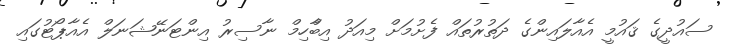
ސައުދީގެ ޤައުމީ އެއާލައިންގެ ދަތުރުތައް ފެށުމަށް މިއަދު އިބްާހިމް ނާސިރު އިންޓަނޭޝަނަލް އެއާޕޯޓުގައި